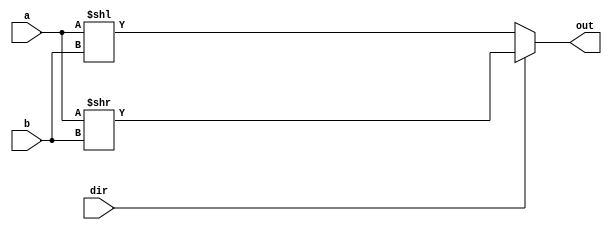
`timescale 1ns / 1ps
//////////////////////////////////////////////////////////////////////////////////
// Company: 
// Engineer: 
// 
// Design Name: 
// Module Name:    barrel_shifter 
// Project Name: 
// Target Devices: 
// Tool versions: 
// Description: 
//
// Dependencies: 
//
// Revision: 
// Revision 0.01 - File Created
// Additional Comments: 
//
//////////////////////////////////////////////////////////////////////////////////
module barrel_shifter(input [31:0] a, input [31:0] b,input dir,output reg[31:0] out);

	always @*
	begin
	  if(dir==0) 
	  begin
		  out = a<<b;
	  end
	  else out = a>>b;
	 end 
endmodule